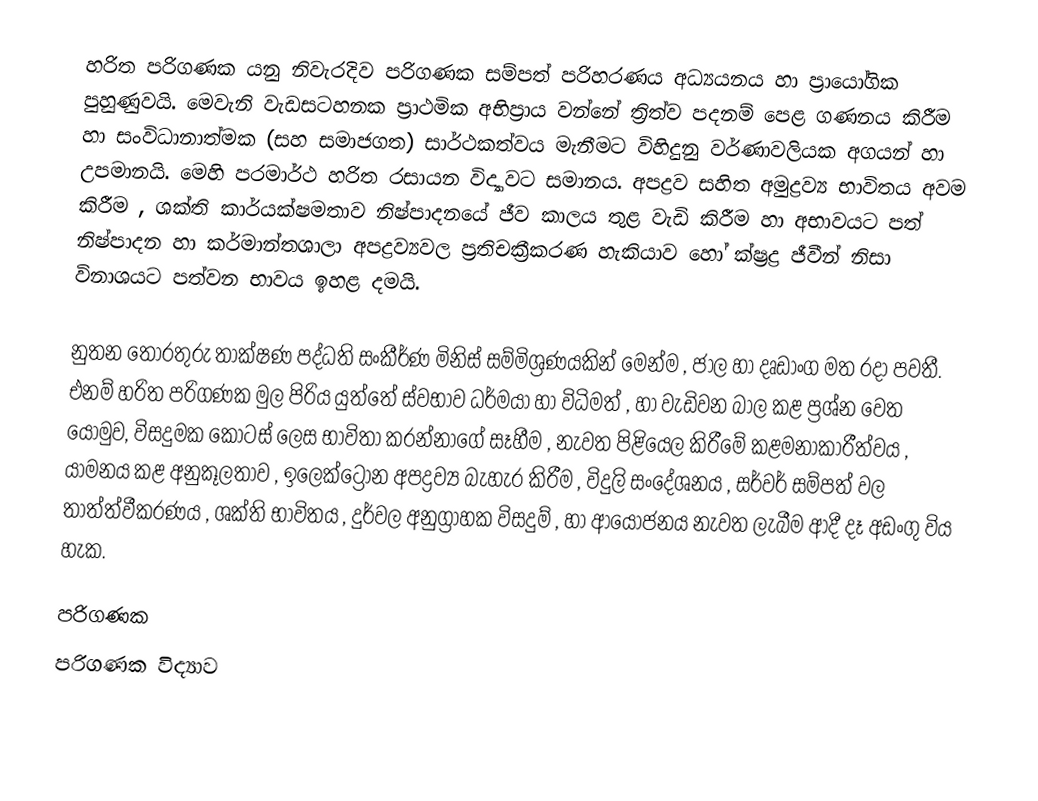
හරිත පරිගණක යනු නිවැරදිව පරිගණක සම්පත් පරිහරණය අධ්‍යයනය හා ප්‍රායෝගික පුහුණුවයි. මෙවැනි වැඩසටහනක ප්‍රාථමික අභිප්‍රාය වන්නේ ත්‍රිත්ව පදනම් පෙළ ගණනය කිරීම හා සංවිධානාත්මක (සහ සමාජගත) සාර්ථකත්වය මැනීමට විහිදුනු වර්ණාවලියක අගයන් හා උපමානයි. මෙහි පරමාර්ථ හරිත රසායන විද්‍යාවට සමානය. අපද්‍රව සහිත අමුද්‍රව්‍ය භාවිතය අවම කිරීම , ශක්ති කාර්යක්ෂමතාව නිෂ්පාදනයේ ජීව කාලය තුළ වැඩි කිරීම හා අභාවයට පත් නිෂ්පාදන හා කර්මාන්තශාලා අපද්‍රව්‍යවල ප්‍රතිචක්‍රීකරණ හැකියාව හෝ ක්ෂ්‍රද්‍ර ජීවීන් නිසා විනාශයට පත්වන භාවය ඉහළ දමයි.

නුතන තොරතුරු  තාක්ෂණ පද්ධති සංකීර්ණ මිනිස් සම්මිශ්‍රණයකින් මෙන්ම , ජාල හා දෘඩාංග මත රදා පවතී. එනම් හරිත පරිගණක මුල පිරිය යු‍ත්තේ ස්වභාව ධර්මයා හා විධිමත් , හා වැඩිවන බාල කළ ප්‍රශ්න වෙත යොමුව, විසදුමක කොටස් ලෙස භාවිතා කරන්නාගේ සෑහීම , නැවත පිළියෙල කිරීමේ කළමනාකාරීත්වය , යාමනය කළ අනුකූලතාව , ඉලෙක්ට්‍රෝන අපද්‍රව්‍ය බැහැර කිරීම , විදුලි සංදේශනය , සර්වර් සම්පත් වල තාත්ත්වීකරණය , ශක්ති භාවිතය , දුර්වල අනුග්‍රාහක විසදුම් , හා ආයෝජනය නැවත ලැබීම ආදී දෑ අඩංගු විය හැක.

පරිගණක
පරිගණක විද්‍යාව